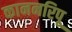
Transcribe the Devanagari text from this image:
काननरिपू